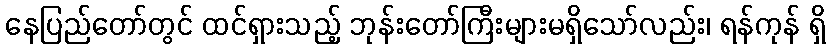
နေပြည်တော်တွင် ထင်ရှားသည့် ဘုန်းတော်ကြီးများမရှိသော်လည်း၊ ရန်ကုန် ရှိ